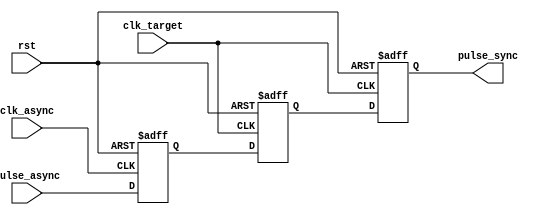
module PulseSynchronizer (
    input wire clk_async,
    input wire clk_target,
    input wire rst,
    input wire pulse_async,
    output reg pulse_sync
);

reg pulse_ff1;
reg pulse_ff2;

always @(posedge clk_async or negedge rst) begin
    if (!rst) begin
        pulse_ff1 <= 1'b0;
    end else begin
        pulse_ff1 <= pulse_async;
    end
end

always @(posedge clk_target or negedge rst) begin
    if (!rst) begin
        pulse_ff2 <= 1'b0;
    end else begin
        pulse_ff2 <= pulse_ff1;
    end
end

always @(posedge clk_target or negedge rst) begin
    if (!rst) begin
        pulse_sync <= 1'b0;
    end else begin
        pulse_sync <= pulse_ff2;
    end
end

endmodule